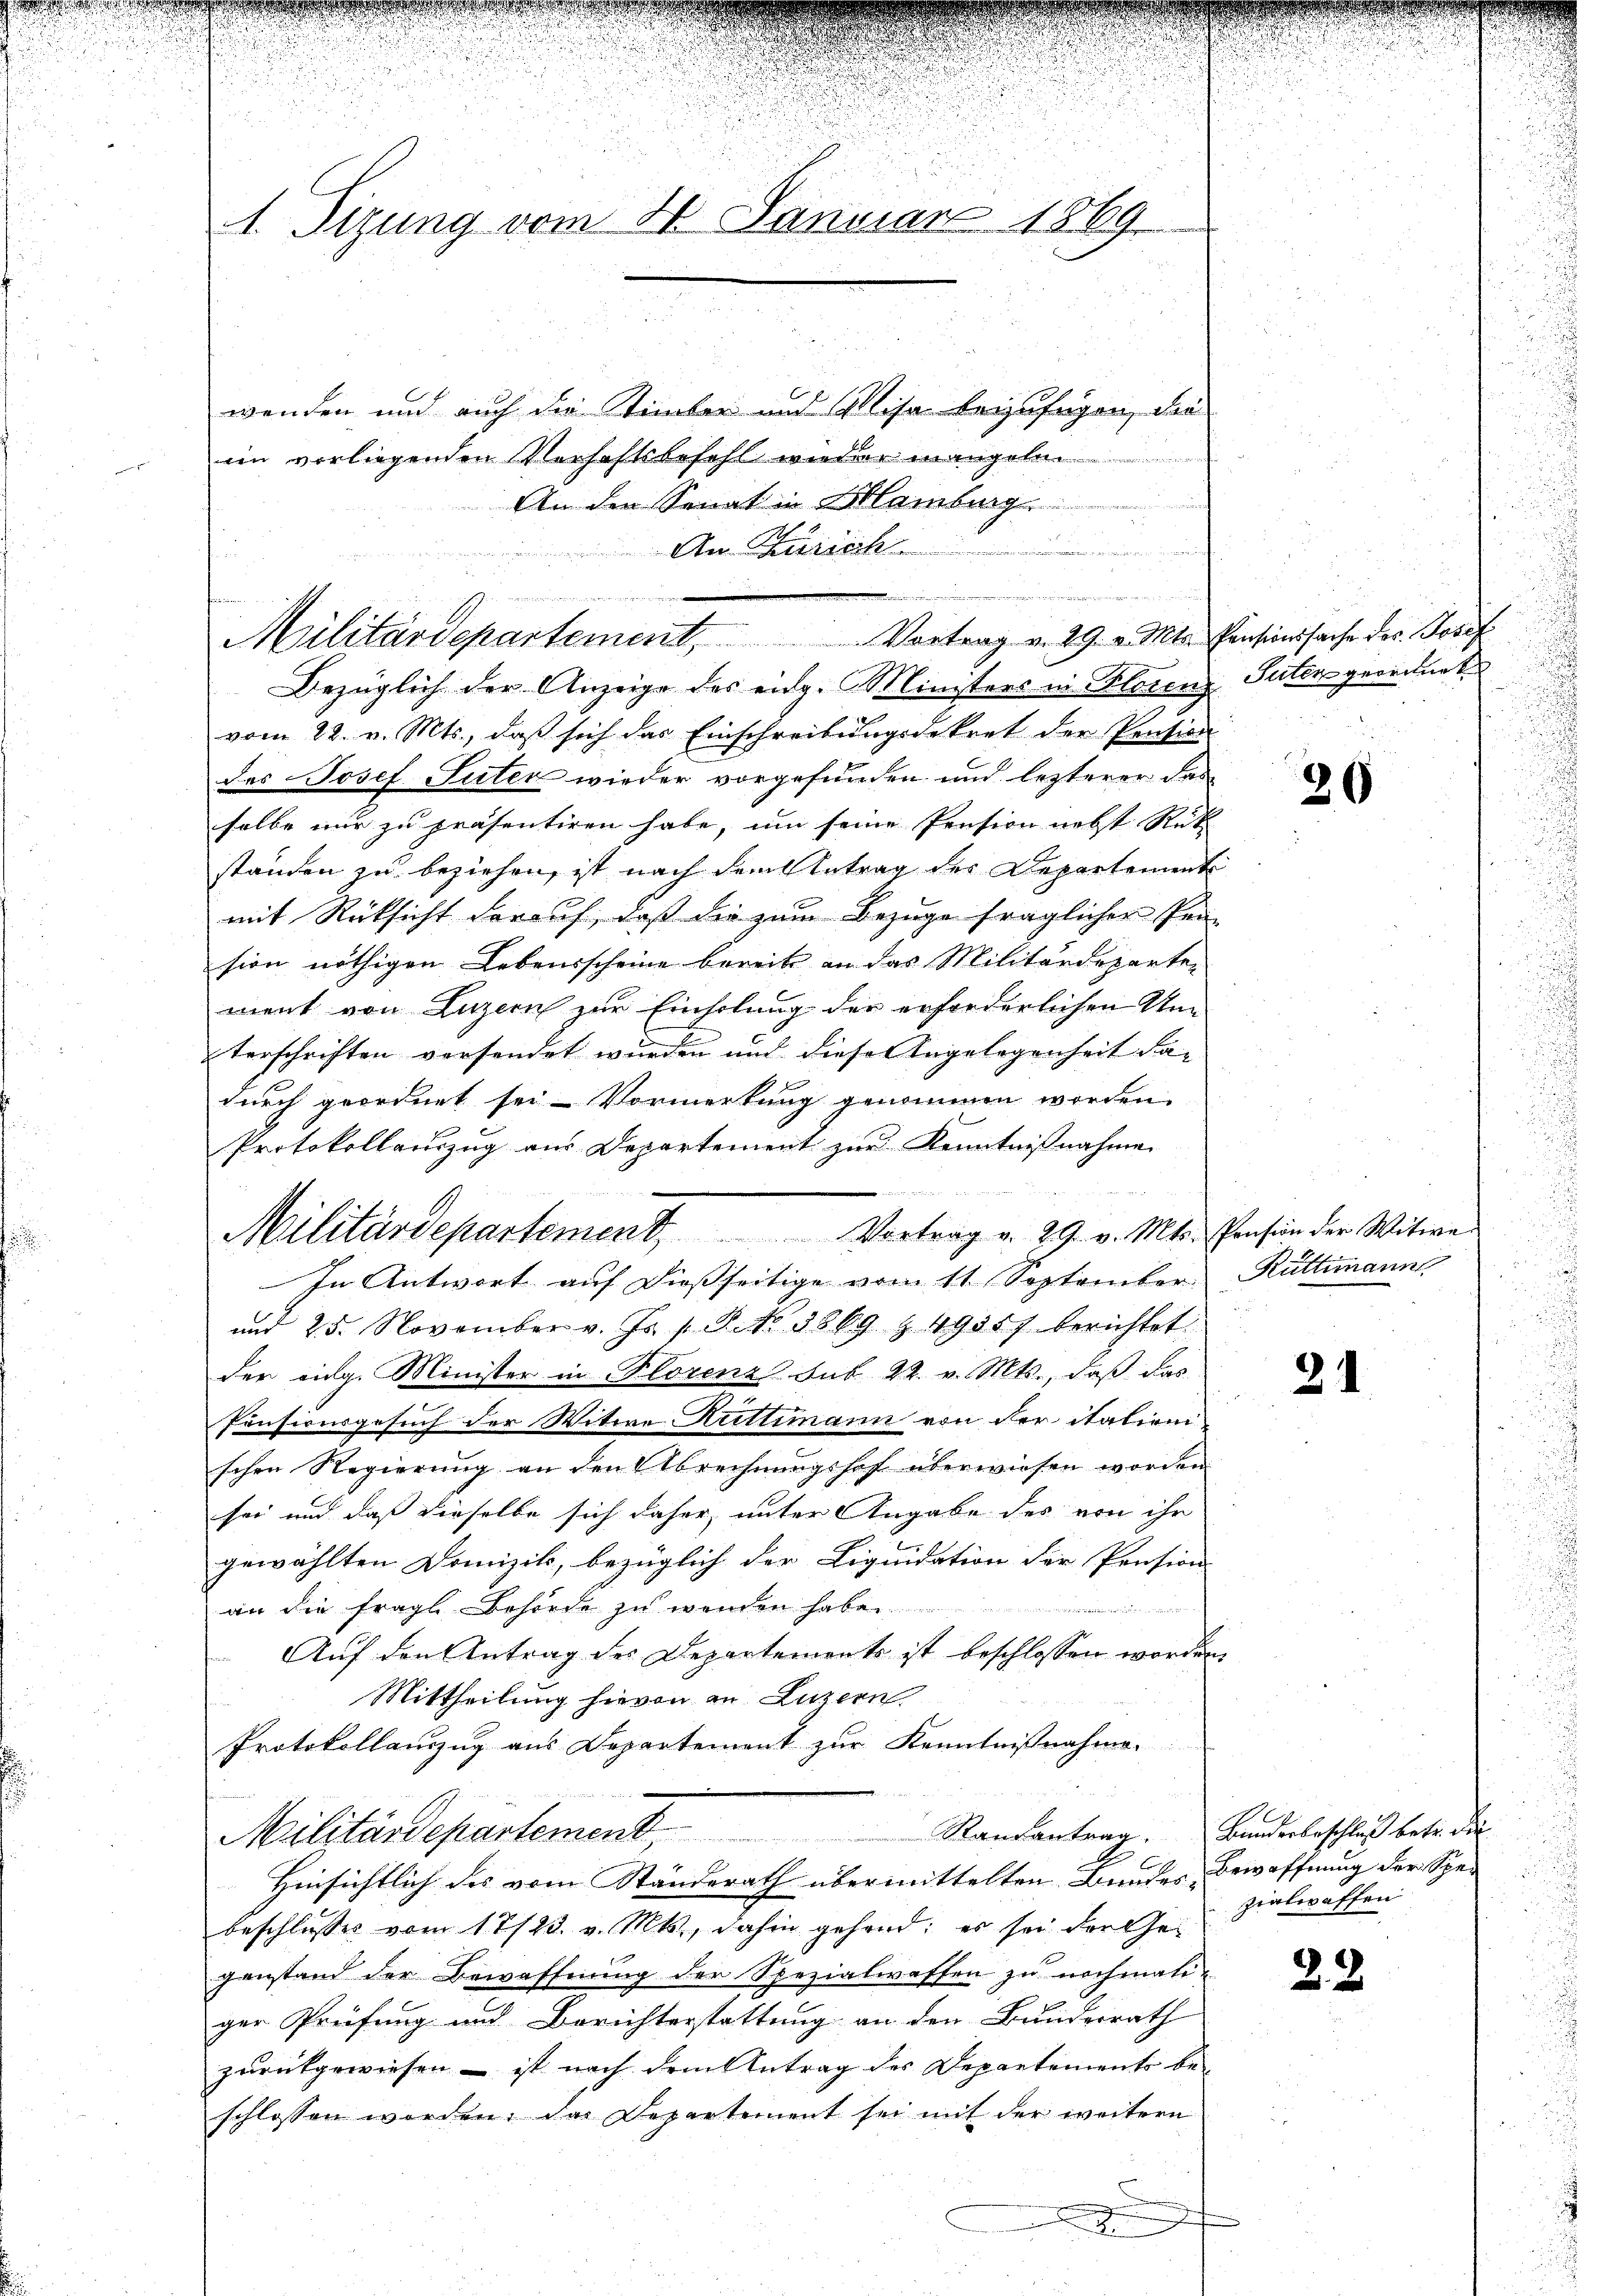
d

A. Sizung vom 21. Januar 1869

Militärdepartement. Vortrag v. 29. v. Mts. Pension der Witwen
In Antwort auf dießseitige vom 11. September Rüttimann

u

wenden und auch die Stimmber und Mise beizufügen, die
im vorliegenden Verhaftsbefehl wieder mangeln.
An den Senat in Blamburg
u
An Zürich
Militärdepartement. Vortrag v. 29. v. Mts. Pensionssache des Josef
Bezüglich der Anzeige des eidg. Ministers in Klotenz Suter geordnet
vom 22. v. Mts., daß sich das Einschreibungsdekret der Pension
des Josef Suter wieder vorgefunden und lezterer das
selbe nur zu präsentiren habe, um seine Pension nebst Rück
ständen zu beziehen, ist nach dem Antrag des Departement
mit Rücksicht darauf, daß die zum Bezuge fraglicher Pen-
sion nöthigen Lebensscheine bereits an das Militärdeparten
ment von Luzern zur Einholung der erforderlichen Um
terschriften versendet wurden und diese Angelegenheit da-
durch geordnet sei. Vormerkung genommen worden.
Protokollauszug aus Departement zur Kenntnißnahmen
24
und 25. November v. Js. v. P. Nr. 1869 z 49557 berichtet:
der eidg. Minister in Florenz sub. 22. v. Mts., daβ das
Pensionsgesuch der Witwe Kuttimann von der italieni
schen Regierung an den Abrechnungshof überwiesen worden
sei und daß dieselbe sich daher, unter Angabe des von ihr
gewählten Domizik, bezüglich der Liquidation der Pension
an die fragl. Behörde zu wenden habe.
in, und in den
Auf den Antrag des Departements ist beschlossen worden
Mittheilung hievon an Luzern
Protokollanzug aus Departement zur Kenntnißnahme.
Militärdepartement Randantrag. Banderbeschluß beter de
Hinsichtlich des vom Standerath übermittelten Bundes Bewaffnung der Spebeschlusses vom 17/23. v. Mts., dahin gehand; es sei der Gegenstand der Bewaffnung der Spezialwassen zu nochmati-
ger Prüfung und Berichterstattung an den Bundesrath
zurückgewiesen – ist nach dem Antrag des Departements be-
schlossen worden. Das Departement sei mit der weitern
.

n

e

26

31

zialwaffen

22